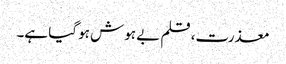
معذرت، قلم بے ہوش ہو گیا ہے۔